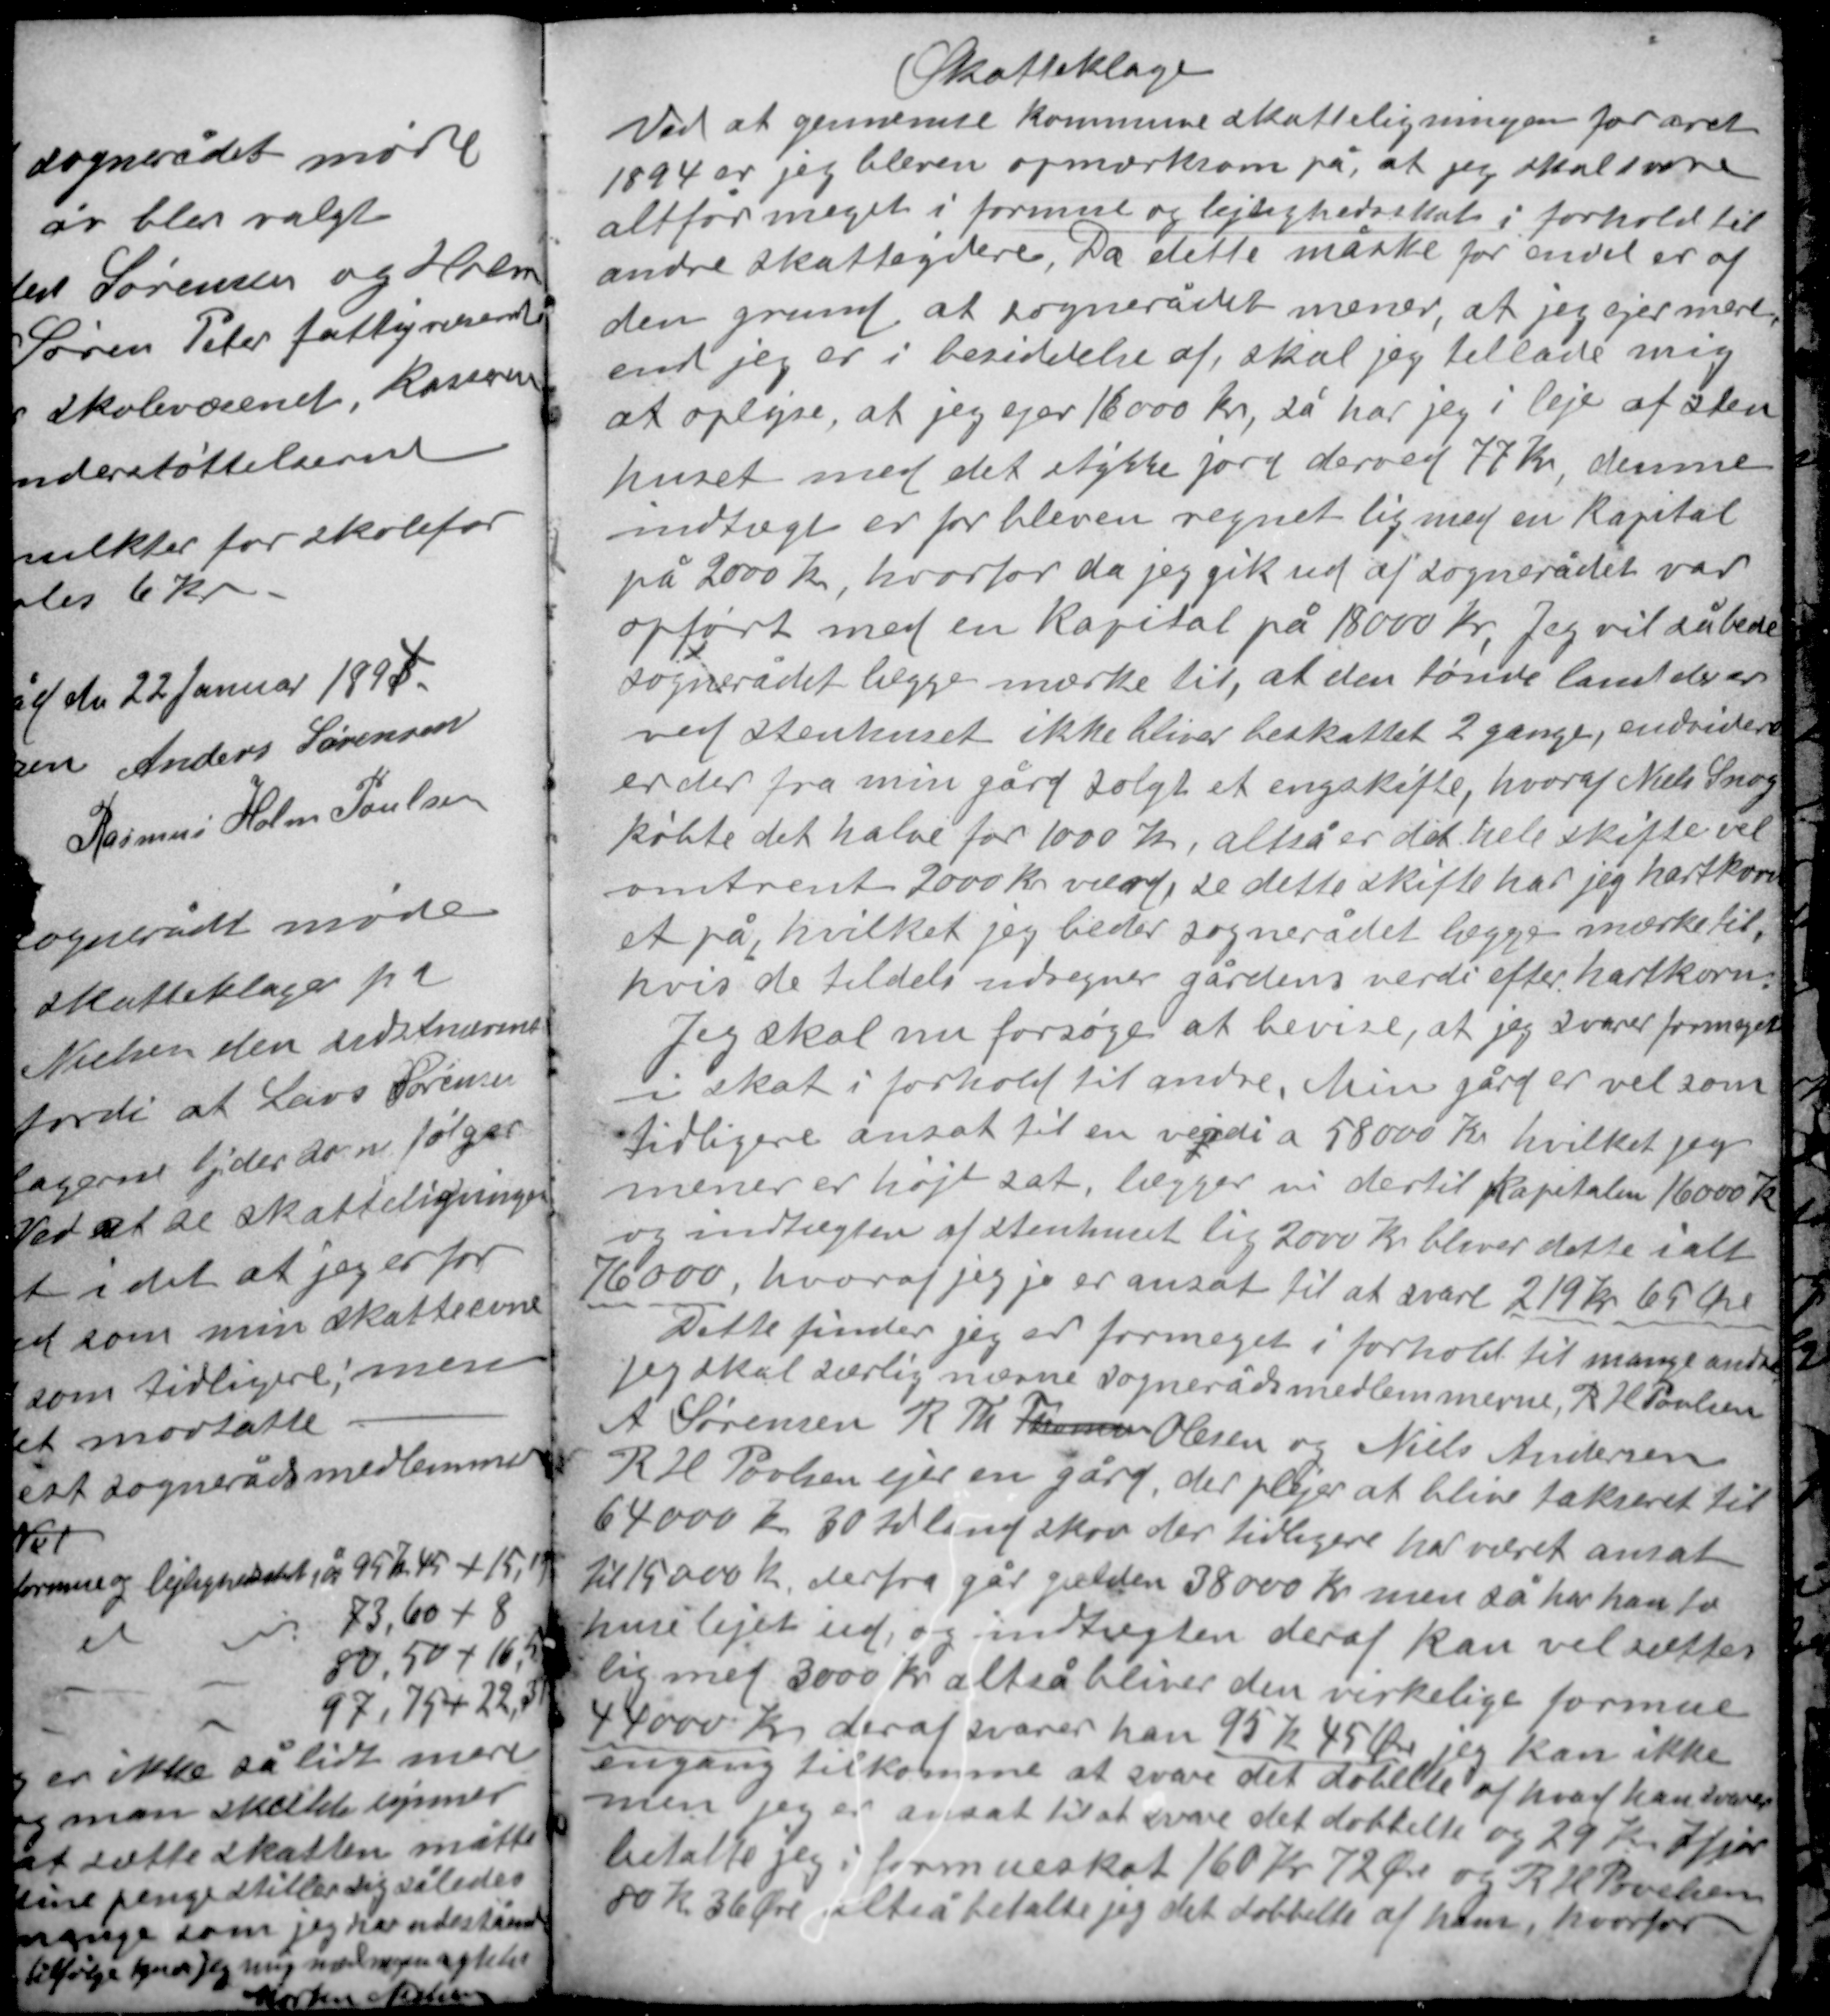
Transskription:
Skatteklage
Ved at gennemse kommune skatteligningen for året
1894 er jeg bleven opmærksom på, at jeg skal svare
altfor meget i formue og lejlighedsskat i forhold til
andre skatteydere. Da dette måske for en del er af
den grund at sognerådet mener, at jeg ejer mere
end jeg er i besiddelse af, skal jeg tillade mig
at oplyse, at jeg ejer 16000 kr, så har jeg i leje af stue-
huset med det stykke jord derved 77 Kr, denne
indtægt er før bleven regnet lig med en kapital
på 2000 kr, hvorfor da jeg gik ud af sognerådet var
opført med en kapital på 18000 kr. Jeg vil så bede
sognerådet lægge mærke til, at den tønde land der er

ved stuehuset ikke bliver beskattet 2 gange, endvidere
er der fra min gård solgt et engskifte, hvoraf Niels Snog
købte det halve for 1000 kr, altså er det hele skifte vel
omtrent 2000 kr værd, se dette skifte har jeg hartkorn-
et på, hvilket jeg beder sognerådet lægge mærke til,
hvis de til dels indregner gårdens værdi efter hartkorn.
Jeg skal nu forsøge at bevise, at jeg svarer formeget
i skat i forhold til andre. Min gård er vel som
tidligere ansat til en værdi a 58000 Kr hvilket jeg
mener er højt sat, lægger vi dertil kapitalen 16000 kr
og indtægten af stuehuset lig 2000 kr bliver dette i alt
76000, hvoraf jeg jo er ansat til at svare 219 kr 69 øre.
Dette finder jeg er formeget i forhold til mange andre
jeg skal særlig nævne sognerådsmedlemmerne, R. H. Poulsen
A. Sørensen R. Th. Thomsen Olesen og Niels Andersen
R H Poulsen ejer en gård, der plejer at blive takseret til

64000 k 30 td land skov der tidligere har været ansat
til 15000 k derfra går gælden 38000 Kr men så har han to
huse lejet ud, og indtægten deraf kan vel sættes
lig med 3000 kr altså bliver den virkelige formue
44000 kr deraf svarer han 95 k 45 Øre jeg kan ikke
engang tilkomme at svare det dobbelte af hvad han svarer
men jeg er ansat til at svare det dobbelte og 29 Kr Ifjor
betalte jeg i formueskat 160 Kr 72 Øre og R H Poulsen
80 k 36 Øre altså betalte jeg det dobbelte af ham, hvorfor